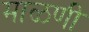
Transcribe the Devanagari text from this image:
माळणी